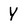
Character: Y